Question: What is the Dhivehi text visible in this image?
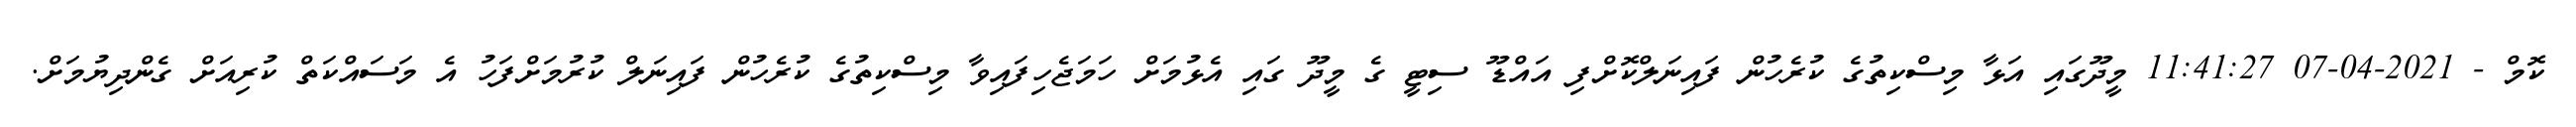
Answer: ކޮމް - 2021-04-07 11:41:27 މީދޫގައި އަޅާ މިސްކިތުގެ ކުރެހުން ފައިނަލްކޮށްފި އައްޑޫ ސިޓީ ގެ މީދޫ ގައި އެޅުމަށް ހަމަޖެހިފައިވާ މިސްކިތުގެ ކުރެހުން ފައިނަލް ކުރުމަށްފަހު އެ މަސައްކަތް ކުރިއަށް ގެންދިޔުމަށް.